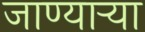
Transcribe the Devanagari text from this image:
जाण्यार्‍या